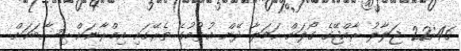
22:46 ޖަލާލު ރާއްޖޭގެ ގޯލަށް ހަމަލާ ދޭން އުޅުމުގެ ތެރޭގައި އިމްރާނަށް ހިސާބަކަށް